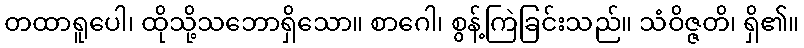
တထာရူပေါ၊ ထိုသို့သဘောရှိသော။ စာဂေါ၊ စွန့်ကြဲခြင်းသည်။ သံဝိဇ္ဇတိ၊ ရှိ၏။